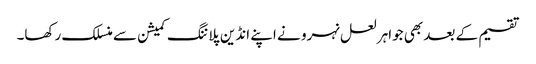
تقسیم کے بعد بھی جواہر لعل نہرو نے اپنے انڈین پلاننگ کمیشن سے منسلک رکھا۔